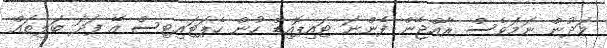
މަދުން ނަމަވެސް ރާއްޖޭން ފެންނަ ޓައިޕޮއިޑް ހުން ހެޕަޓައިޓިސް އޭ ފަދަ ބަލިތައް